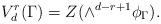
LaTeX: \begin{align*}V^r_d(\Gamma)=Z(\wedge^{d-r+1}\phi_{\Gamma}).\end{align*}